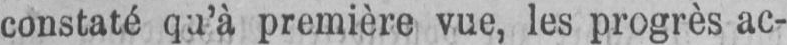
constaté qu’à première vue, les progrès ac-